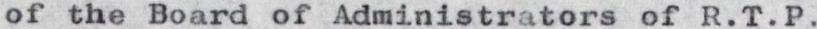
of the Board of Administrators of R.T.P.